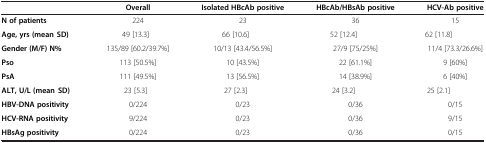
<table><thead><tr><td></td><td><b>Overall</b></td><td><b>Isolated HBcAb positive</b></td><td><b>HBcAb/HBsAb positive</b></td><td><b>HCV-Ab positive</b></td></tr></thead><tbody><tr><td><b>N° of patients</b></td><td>224</td><td>23</td><td>36</td><td>15</td></tr><tr><td><b>Age, yrs (mean ± SD)</b></td><td>49 [±13.3]</td><td>66 [±10.6]</td><td>52 [±12.4]</td><td>62 [±11.8]</td></tr><tr><td><b>Gender (M/F) N°%</b></td><td>135/89 [60.2/39.7%]</td><td>10/13 [43.4/56.5%]</td><td>27/9 [75/25%]</td><td>11/4 [73.3/26.6%]</td></tr><tr><td><b>Pso</b></td><td>113 [50.5%]</td><td>10 [43.5%]</td><td>22 [61.1%]</td><td>9 [60%]</td></tr><tr><td><b>PsA</b></td><td>111 [49.5%]</td><td>13 [56.5%]</td><td>14 [38.9%]</td><td>6 [40%]</td></tr><tr><td><b>ALT, U/L (mean ± SD)</b></td><td>23 [±5.3]</td><td>27 [±2.3]</td><td>24 [±3.2]</td><td>25 [±2.1]</td></tr><tr><td><b>HBV-DNA positivity</b></td><td>0/224</td><td>0/23</td><td>0/36</td><td>0/15</td></tr><tr><td><b>HCV-RNA positivity</b></td><td>9/224</td><td>0/23</td><td>0/36</td><td>9/15</td></tr><tr><td><b>HBsAg positivity</b></td><td>0/224</td><td>0/23</td><td>0/36</td><td>0/15</td></tr></tbody></table>